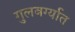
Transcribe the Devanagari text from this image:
गुलबर्ग्यात